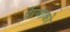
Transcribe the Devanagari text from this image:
प्रेरणाको